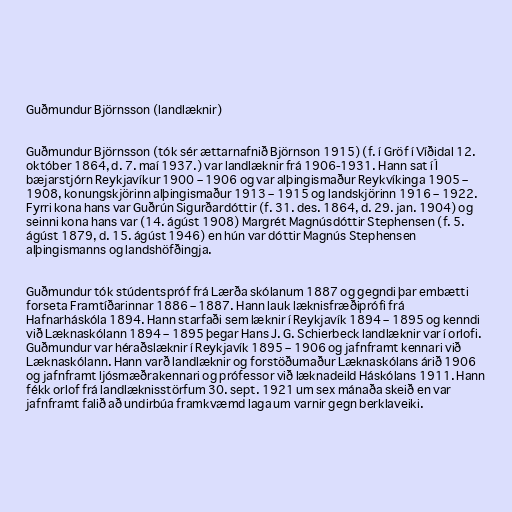
Guðmundur Björnsson (landlæknir)

Guðmundur Björnsson (tók sér ættarnafnið Björnson 1915) (f. í Gröf í Víðidal 12.
október 1864, d. 7. maí 1937.) var landlæknir frá 1906-1931. Hann sat í Í
bæjarstjórn Reykjavíkur 1900 – 1906 og var alþingismaður Reykvíkinga 1905 –
1908, konungskjörinn alþingismaður 1913 – 1915 og landskjörinn 1916 – 1922.
Fyrri kona hans var Guðrún Sigurðardóttir (f. 31. des. 1864, d. 29. jan. 1904) og
seinni kona hans var (14. ágúst 1908) Margrét Magnúsdóttir Stephensen (f. 5.
ágúst 1879, d. 15. ágúst 1946) en hún var dóttir Magnús Stephensen
alþingismanns og landshöfðingja.

Guðmundur tók stúdentspróf frá Lærða skólanum 1887 og gegndi þar embætti
forseta Framtíðarinnar 1886 – 1887. Hann lauk læknisfræðiprófi frá
Hafnarháskóla 1894. Hann starfaði sem læknir í Reykjavík 1894 – 1895 og kenndi
við Læknaskólann 1894 – 1895 þegar Hans J. G. Schierbeck landlæknir var í orlofi.
Guðmundur var héraðslæknir í Reykjavík 1895 – 1906 og jafnframt kennari við
Læknaskólann. Hann varð landlæknir og forstöðumaður Læknaskólans árið 1906
og jafnframt ljósmæðrakennari og prófessor við læknadeild Háskólans 1911. Hann
fékk orlof frá landlæknisstörfum 30. sept. 1921 um sex mánaða skeið en var
jafnframt falið að undirbúa framkvæmd laga um varnir gegn berklaveiki.